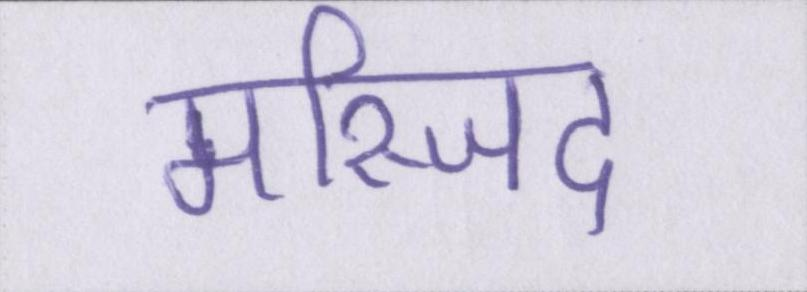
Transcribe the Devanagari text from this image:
मस्जिद